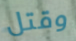
وقتل